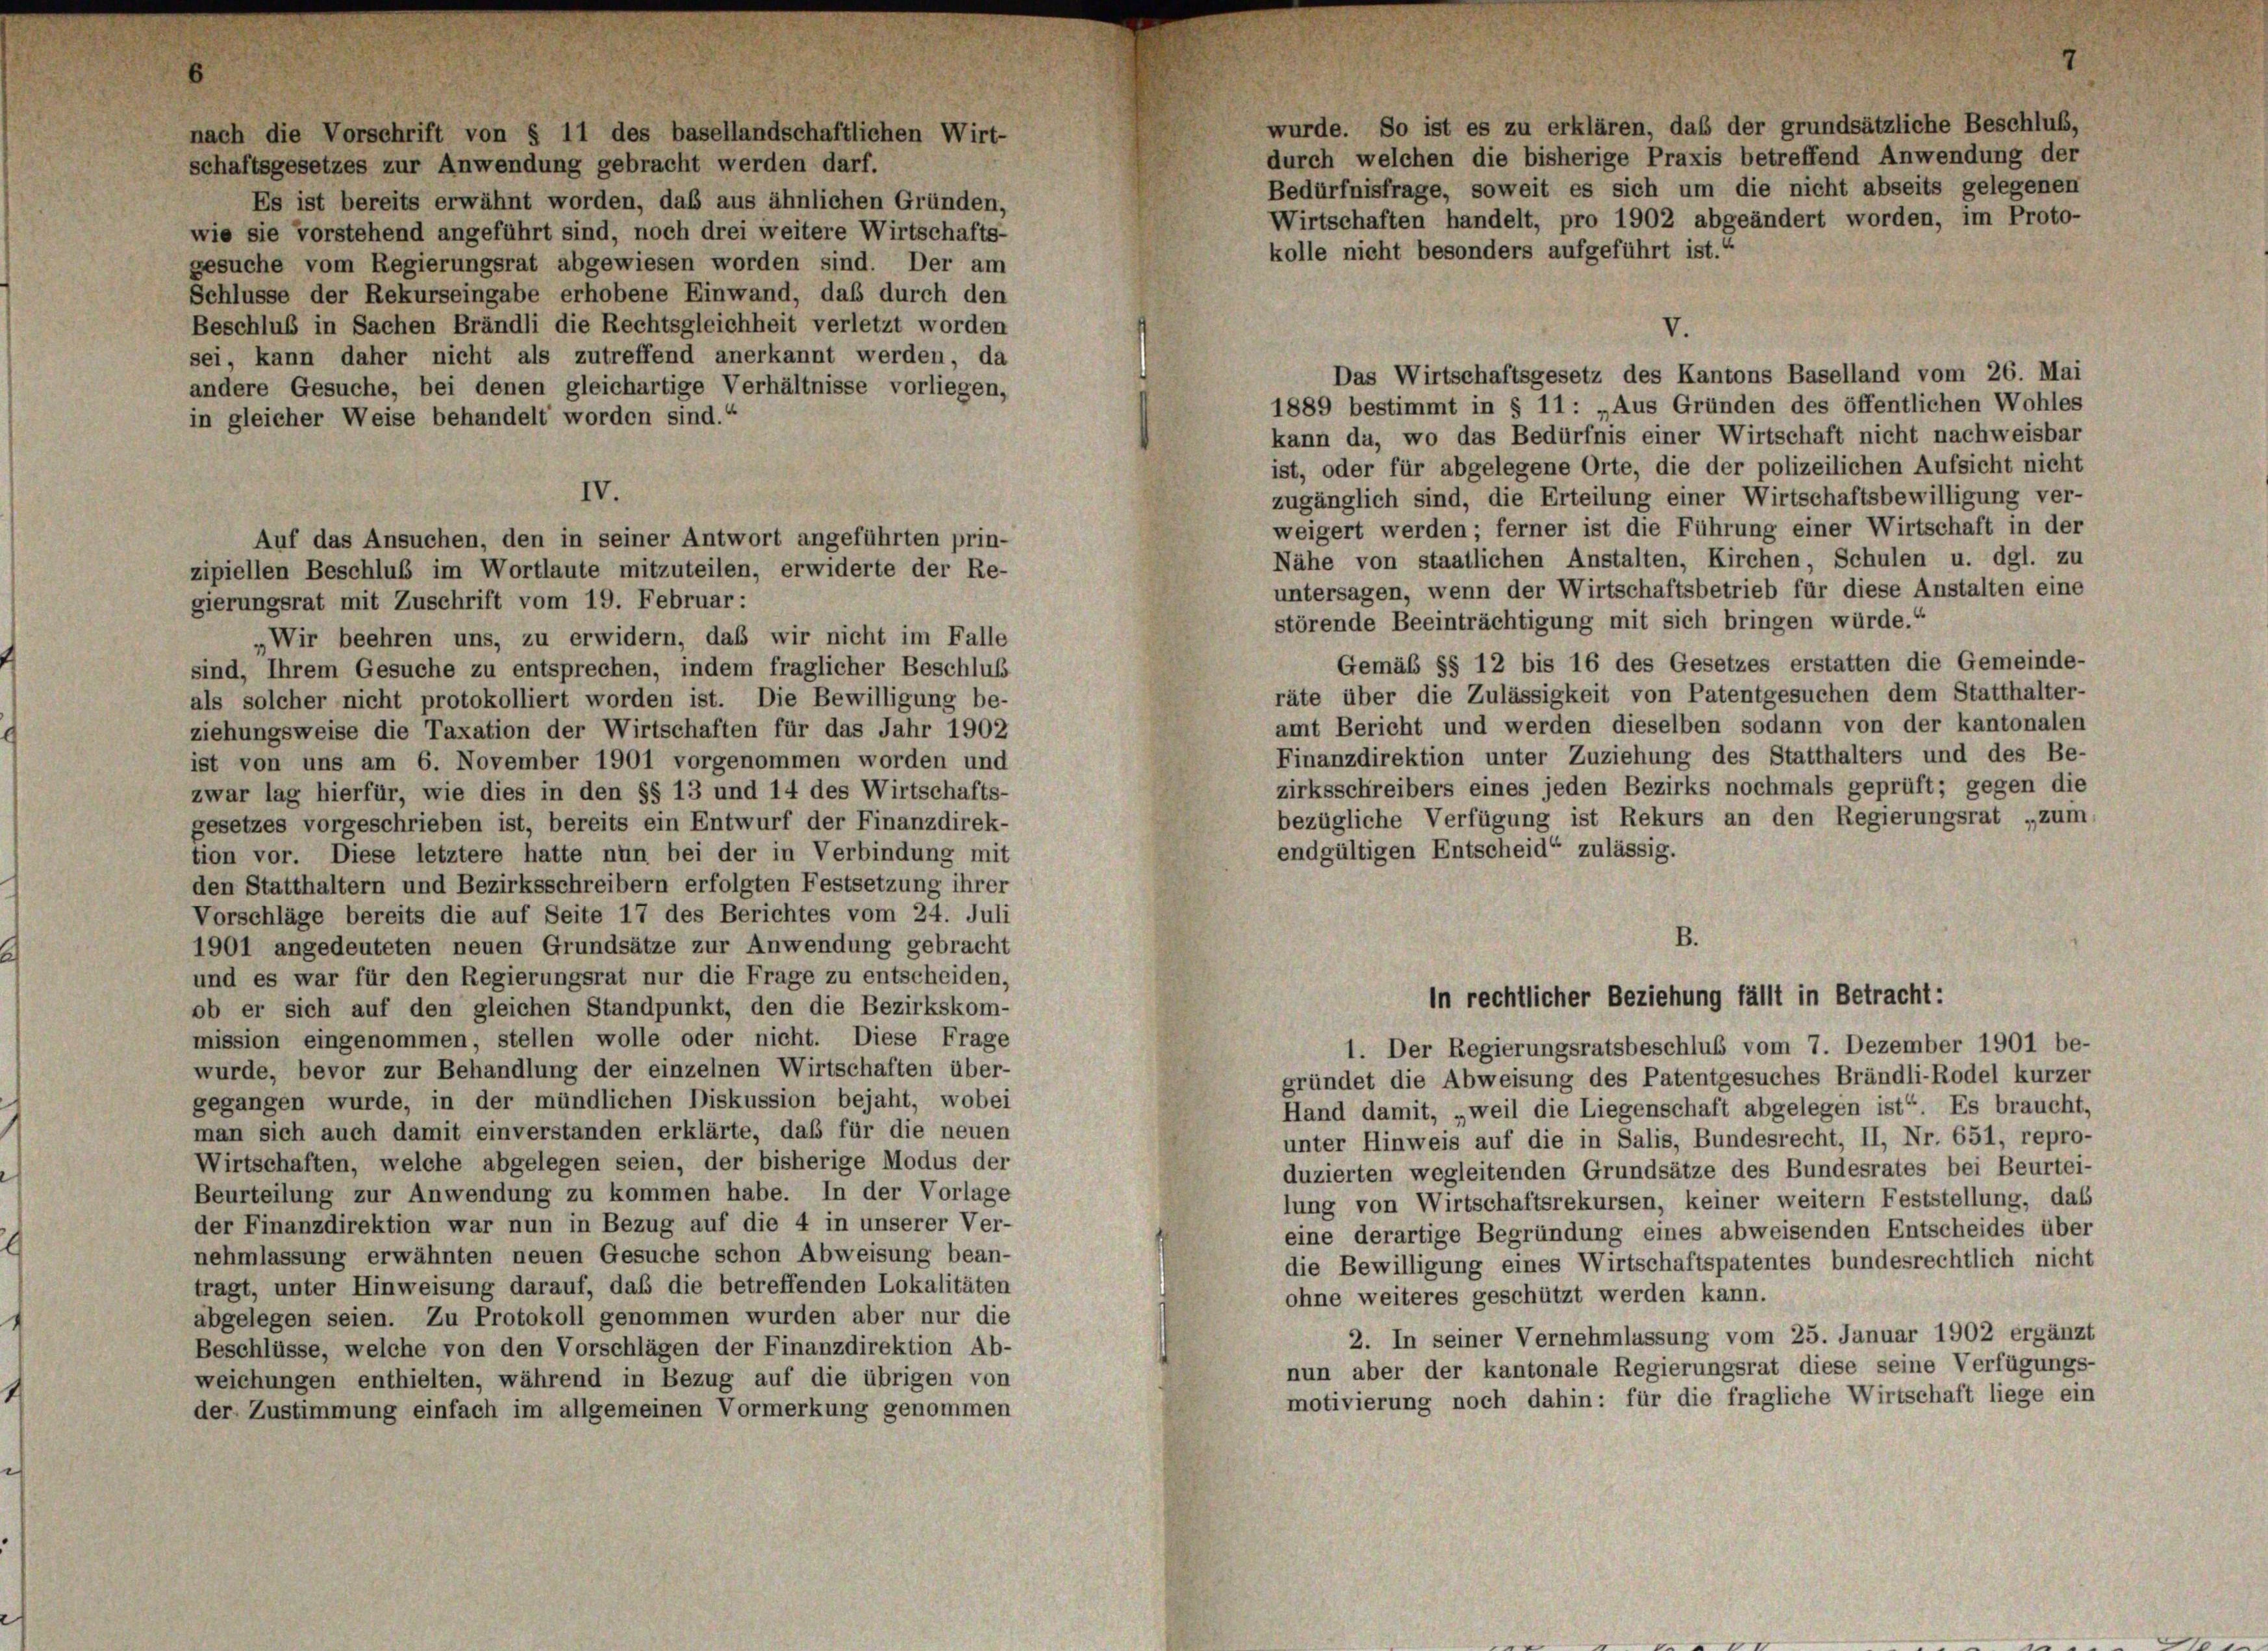
wurde. So ist es zu erklären, daß der grundsätzliche Beschluß,
durch welchen die bisherige Praxis betreffend Anwendung der
Bedürfnisfrage, soweit es sich um die nicht abseits gelegenen
Es ist bereits erwähnt worden, daß aus ähnlichen Gründen,
Wirtschaften handelt, pro 1902 abgeändert worden, im Proto-
wie sie vorstehend angeführt sind, noch drei weitere Wirtschafts-
gesuche vom Regierungsrat abgewiesen worden sind. Der am
Schlüsse der Rekurseingabe erhobene Einwand, daß durch den
Beschluß in Sachen Brändli die Rechtsgleichheit verletzt worden
sei, kann daher nicht als zutreffend anerkannt werden, da
Das Wirtschaftsgesetz des Kantons Baselland vom 26. Mai
andere Gesuche, bei denen gleichartige Verhältnisse vorliegen,
1889 bestimmt in § 11: „Aus Gründen des öffentlichen Wohles
in gleicher Weise behandelt worden sind.“
kann da, wo das Bedürfnis einer Wirtschaft nicht nachweisbar
ist, oder für abgelegene Orte, die der polizeilichen Aufsicht nicht
IV.
zugänglich sind, die Erteilung einer Wirtschaftsbewilligung ver-
weigert werden; ferner ist die Führung einer Wirtschaft in der
Auf das Ansuchen, den in seiner Antwort angeführten prin-
Nähe von staatlichen Anstalten, Kirchen, Schulen u. dgl. zu
zipiellen Beschluß im Wortlaute mitzuteilen, erwiderte der Re-
untersagen, wenn der Wirtschaftsbetrieb für diese Anstalten eine
gierungsrat mit Zuschrift vom 19. Februar:
störende Beeinträchtigung mit sich bringen würde.“
Wir beehren uns, zu erwidern, das wir nicht im Falle
Gemäß §§ 12 bis 16 des Gesetzes erstatten die Gemeinde-
sind, Ihrem Gesuche zu entsprechen, indem fraglicher Beschlus
räte über die Zulässigkeit von Patentgesuchen dem Statthalter-
als solcher nicht protokolliert worden ist. Die Bewilligung be-
amt Bericht und werden dieselben sodann von der kantonalen
ziehungsweise die Taxation der Wirtschaften für das Jahr 1902
Finanzdirektion unter Zuziehung des Statthalters und des Be-
ist von uns am 6. November 1901 vorgenommen worden und
zirksschreibers eines jeden Bezirks nochmals geprüft; gegen die
zwar lag hierfür, wie dies in den §§ 13 und 14 des Wirtschafts-
bezügliche Verfügung ist Rekurs an den Regierungsrat „zum,
gesetzes vorgeschrieben ist, bereits ein Entwurf der Finanzdirek-
endgültigen Entscheid“ zulässig.
tion vor. Diese letztere hatte nun bei der in Verbindung mit
den Statthaltern und Bezirksschreibern erfolgten Festsetzung ihrer
Vorschläge bereits die auf Seite 17 des Berichtes vom 24. Juli
B.
1901 angedeuteten neuen Grundsätze zur Anwendung gebracht
und es war für den Regierungsrat nur die Frage zu entscheiden,
in rechtlicher Beziehung fällt in Betracht:
ob er sich auf den gleichen Standpunkt, den die Bezirkskom-
mission eingenommen, stellen wolle oder nicht. Diese Frage
1. Der Regierungsratsbeschluß vom 7. Dezember 1901 be-
wurde, bevor zur Behandlung der einzelnen Wirtschaften über-
gründet die Abweisung des Patentgesuches Brändli-Rodel kurzer
gegangen wurde, in der mündlichen Diskussion bejaht, wobei
Hand damit, „weil die Liegenschaft abgelegen ist“. Es braucht,
man sich auch damit einverstanden erklärte, daß für die neuen
unter Hinweis auf die in Salis, Bundesrecht, II, Nr. 651, repro-
Wirtschaften, welche abgelegen seien, der bisherige Modus der
duzierten wegleitenden Grundsätze des Bundesrates bei Beurtei-
Beurteilung zur Anwendung zu kommen habe. In der Vorlage
lung von Wirtschaftsrekursen, keiner weitern Feststellung, dass
der Finanzdirektion war nun in Bezug auf die 4 in unserer Ver-
eine derartige Begründung eines abweisenden Entscheides über
nehmlassung erwähnten neuen Gesuche schon Abweisung bean-
die Bewilligung eines Wirtschaftspatentes bundesrechtlich nicht
tragt, unter Hinweisung darauf, daß die betreffenden Lokalitäten
ohne weiteres geschützt werden kann.
abgelegen seien. Zu Protokoll genommen wurden aber nur die
2. In seiner Vernehmlassung vom 25. Januar 1902 ergänzt
Beschlüsse, welche von den Vorschlägen der Finanzdirektion Ab-
nun aber der kantonale Regierungsrat diese seine Verfügungs-
weichungen enthielten, während in Bezug auf die übrigen von
motivierung noch dahin: für die fragliche Wirtschaft liege ein
der Zustimmung einfach im allgemeinen Vormerkung genommen

nach die Vorschrift von § 11 des basellandschaftlichen Wirt-
schaftsgesetzes zur Anwendung gebracht werden darf.

kolle nicht besonders aufgeführt ist.“

7

V.